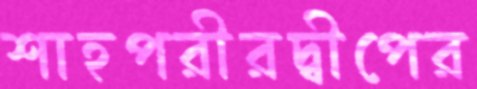
শাহপরীরদ্বীপের